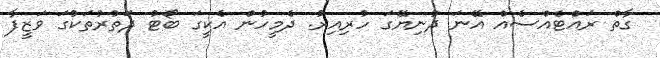
ގާތް ރައްޓެއްސެއް އޭނަ ދުނިޔޭގަ ހުރިއިރު. ދެމީހުން އެކީގަ ބޯޓު ދަތުރުތަކުގަ ވަޒީފާ